Leaving Certificate Examination, 1904
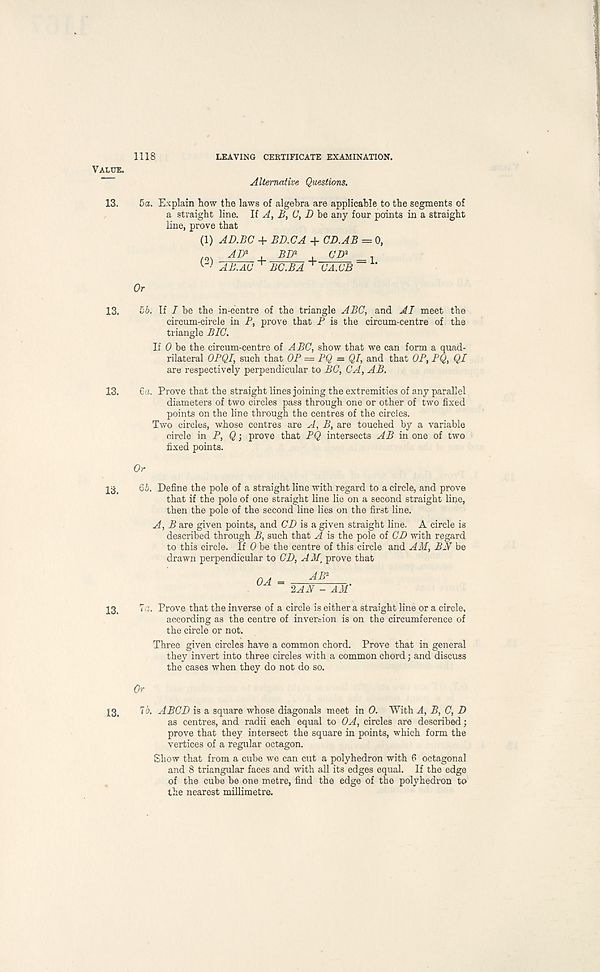
1118
LEAVING CERTIFICATE EXAMINATION.
Value.
Alternative Questions.
13. 5a. Explain how the laws of algebra are applicable to the segments of
a straight line. If A, B, C, D be any four points in a straight
line, prove that
(1) AD.BC + BD.CA + CD.AB = 0,
AD* BD % , CD*
ABAC T BC.BA
Or
13. 56. If I be the in-centre of the triangle ABC, and AI meet the
circum-circle in P, prove that P is the circum-centre of the
triangle BIC.
If 0 be the circum-centre of ABC, show that we can form a quad-
rilateral OPQI, such that OP = PQ — QI, and that OP, PQ, QI
are respectively perpendicular to BC, CA, AB.
13. 6a. Prove that the straight lines joining the extremities of any parallel
diameters of two circles pass through one or other of two fixed
points on the line through the centres of the circles.
Two circles, whose centres are A, B, are touched by a variable
circle in P, $ j prove that PQ intersects AB in one of two
fixed points.
13, 66. Define the pole of a straight line with regard to a circle, and prove
that if the pole of one straight line lie on a second straight line,
then the pole of the second line lies on the first line.
A, B are given points, and CD is a given straight line. A circle is
described through B, such that A is the pole of CD with regard
to this circle. If 0 be the centre of this circle and AM, BN be
drawn perpendicular to CD, AM, prove that
OA = 2AN - AM'
13, la. Prove that the inverse of a circle is either a straight line or a circle,
according as the centre of inversion is on the circumference of
the circle or not.
Three given circles have a common chord. Prove that in general
they invert into three circles with a common chord; and discuss
the cases when they do not do so.
Or
13, 76. ABCD is a square whose diagonals meet in 0. With A, B, C, D
as centres, and radii each equal to OA, circles are described;
prove that they intersect the square in points, which form the
vertices of a regular octagon.
Show that from a cube we can cut a polyhedron with 6 octagonal
and 8 triangular faces and with all its edges equal. If the edge
of the cube be one metre, find the edge of the polyhedron to
the nearest millimetre.